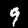
Label: 9